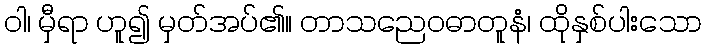
ဝါ၊ မှီရာ ဟူ၍ မှတ်အပ်၏။ တာသညေဝဓာတူနံ၊ ထိုနှစ်ပါးသော